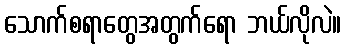
သောက်စရာတွေအတွက်ရော ဘယ်လိုလဲ။